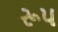
રૂપ